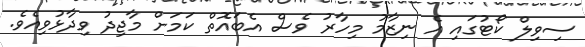
ސިވިލް ކޯޓުގައި އެ ނިޒާމު މިހާރު ވެސް އެބައޮތް ކަމަށް މާޖިދު ވިދާޅުވިއެވެ.